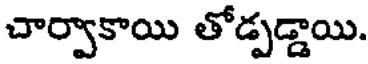
చార్వాకాయి తోడ్పడ్డాయి.